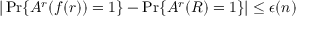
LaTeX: | \operatorname* { P r } \{ A ^ { r } ( f ( r ) ) = 1 \} - \operatorname* { P r } \{ A ^ { r } ( R ) = 1 \} | \leq \epsilon ( n )